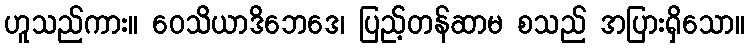
ဟူသည်ကား။ ဝေသိယာဒိဘေဒေ၊ ပြည့်တန်ဆာမ စသည် အပြားရှိသော။